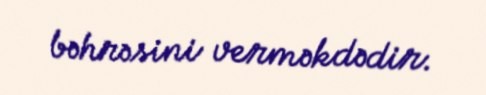
bəhrəsini verməkdədir.